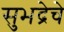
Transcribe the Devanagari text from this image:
सुभद्रेचे